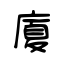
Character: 廈